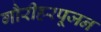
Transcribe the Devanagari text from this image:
गौरीहरपूजन